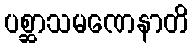
ပစ္ဆာသမဏေနာတိ